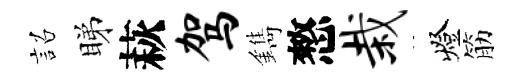
詔睇萩驾鐫憗栽燈筋